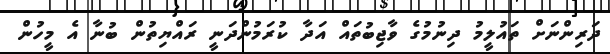
ދަރިންނަށް ތައުލީމު ދިނުމުގެ ވާޖިބުތައް އަދާ ކުރަމުންދަނީ ރައްޔިތުން ބުނާ އެ މީހުން